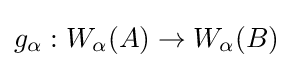
g_{\alpha }:W_{\alpha }(A)\to W_{\alpha }(B)